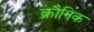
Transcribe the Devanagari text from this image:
क्रौनिक